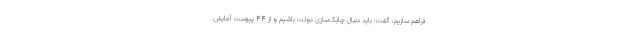
فراهم سازیم، گفت: باید دنبال چابک‌سازی دولت باشیم و از ۴۴ پیوست آمایش